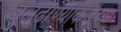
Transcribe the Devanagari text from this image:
बुलढाण्याकडेच्या